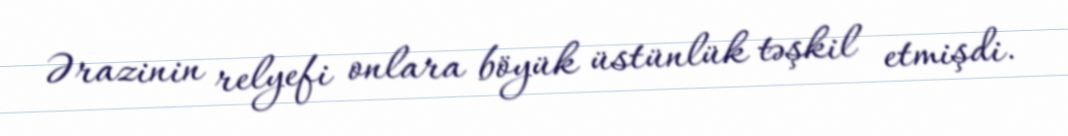
Ərazinin relyefi onlara böyük üstünlük təşkil etmişdi.